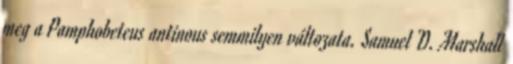
meg a Pamphobeteus antinous semmilyen változata. Samuel D. Marshall